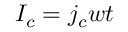
I _ { c } = j _ { c } w t